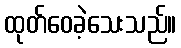
ထုတ်ဝေခဲ့သေးသည်။